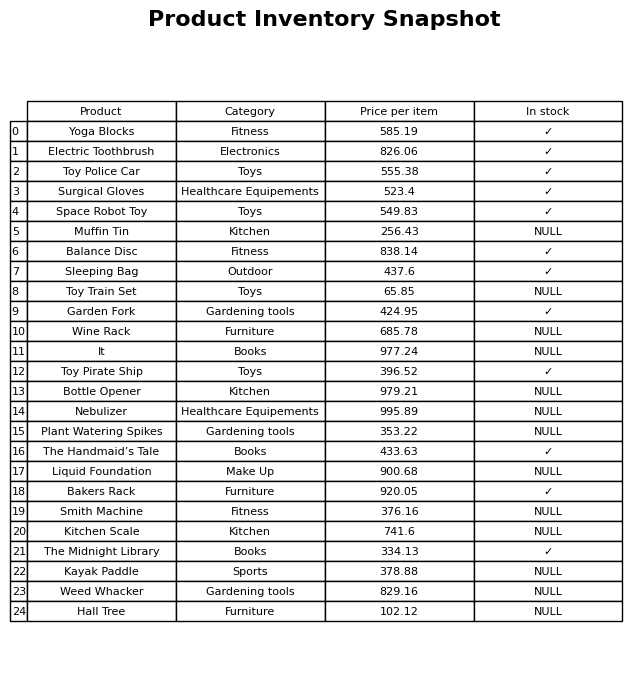
question: What is the price of the Hall Tree?
answer: The price of Hall Tree is 102.12.